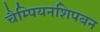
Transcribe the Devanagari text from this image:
चैम्पियनशिपबन